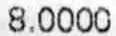
8.0000